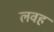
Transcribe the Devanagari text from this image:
लवह